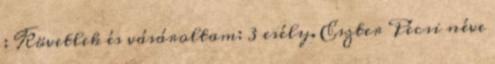
: Követlek és vásároltam: 3 esély. Eszter Pécsi néve